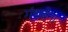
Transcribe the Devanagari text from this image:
गंधबेना